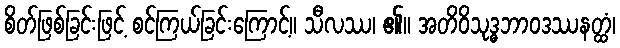
စိတ်ဖြစ်ခြင်းဖြင့် စင်ကြယ်ခြင်းကြောင့်။ သီလဿ၊ ၏။ အတိဝိသုဒ္ဓဘာဝဒဿနတ္ထံ၊